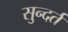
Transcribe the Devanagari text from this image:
सुन्दर्त